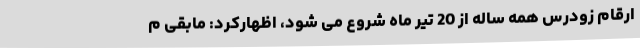
ارقام زودرس همه ساله از 20 تیر ماه شروع می شود، اظهارکرد: مابقی م